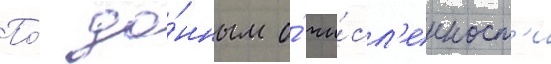
По́ да́нным о́ чи́сл'енност'и